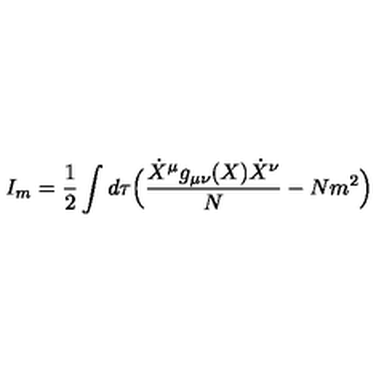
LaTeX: I _ { m } = \frac { 1 } { 2 } \int d \tau \Bigl ( \frac { \dot { X } ^ { \mu } g _ { \mu \nu } ( X ) \dot { X } ^ { \nu } } { N } - N m ^ { 2 } \Bigr )